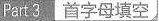
Part 3 首字母填空